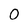
Character: O